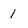
Character: 1